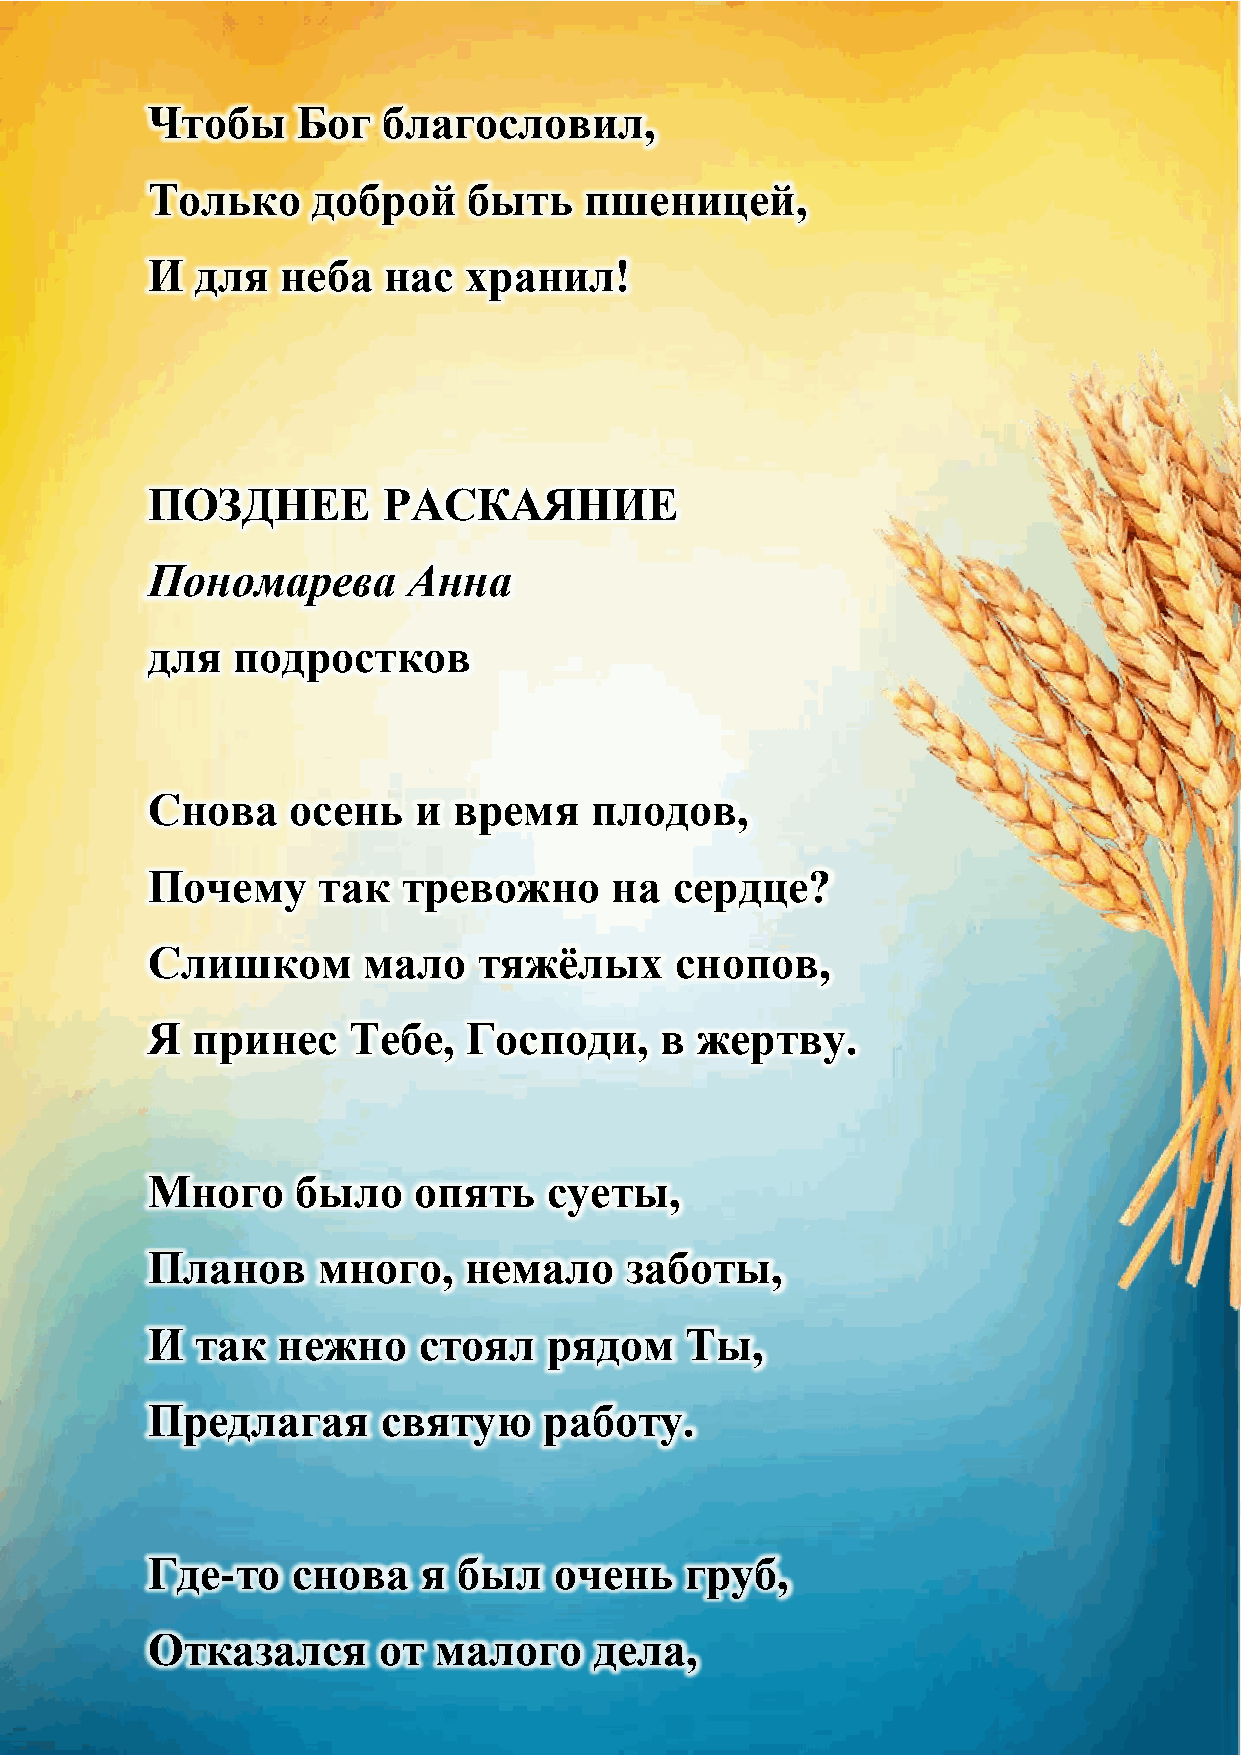
Чтобы     Бог  благословил,
 Только     доброй    быть    пшеницей,
 И  для   неба  нас   хранил!
 ПОЗДНЕЕ        РАСКАЯНИЕ
 Пономарева       Анна
 для  подростков
 Снова    осень   и  время    плодов,
 Почему     так   тревожно     на   сердце?
 Слишком       мало    тяжѐлых      снопов,
 Я  принес    Тебе,   Господи,     в жертву.
 Много     было   опять    суеты,
 Планов     много,    немало    заботы,
 И  так  нежно     стоял   рядом    Ты,
 Предлагая      святую     работу.
 Где-то   снова    я был    очень   груб,
 Отказался      от  малого    дела,